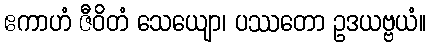
ဧကာဟံ ဇီဝိတံ သေယျော၊ ပဿတော ဥဒယဗ္ဗယံ။